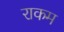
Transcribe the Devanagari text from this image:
राकम